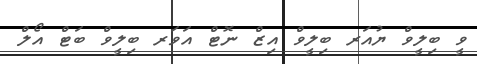
ވީ ބިލީވް ޔުއަރ ބިލީވް އިޒް ނޮޓް އަވަރ ބިލީވް ބަޓް އޯލް